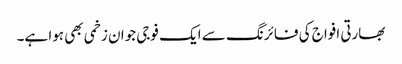
بھارتی افواج کی فائرنگ سے ایک فوجی جوان زخمی بھی ہوا ہے۔